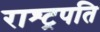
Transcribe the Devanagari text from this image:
राश्ट्रपति